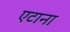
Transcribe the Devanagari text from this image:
एटाना